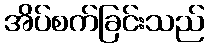
အိပ်စက်ခြင်းသည်